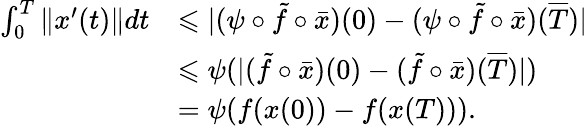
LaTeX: \begin{array}{rl}{\int_{0}^{T}\| x^{\prime}(t)\| dt}&{\leqslant|(\psi\circ\tilde{f}\circ\bar{x})(0)-(\psi\circ\tilde{f}\circ\bar{x})(\overline{{T}})|}\\ &{\leqslant\psi(|(\tilde{f}\circ\bar{x})(0)-(\tilde{f}\circ\bar{x})(\overline{{T}})|)}\\ &{=\psi(f(x(0))-f(x(T))).}\end{array}